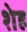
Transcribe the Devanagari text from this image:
शेह